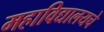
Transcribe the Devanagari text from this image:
महाविद्यालयचे